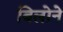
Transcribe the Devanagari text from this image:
बिलोने